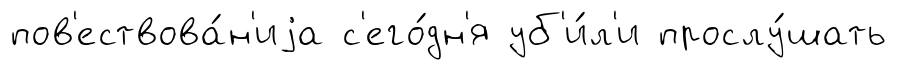
пов'ествова́н'иjа с'его́дн'я уб'и́л'и прослу́шать